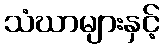
သံဃာများနှင့်